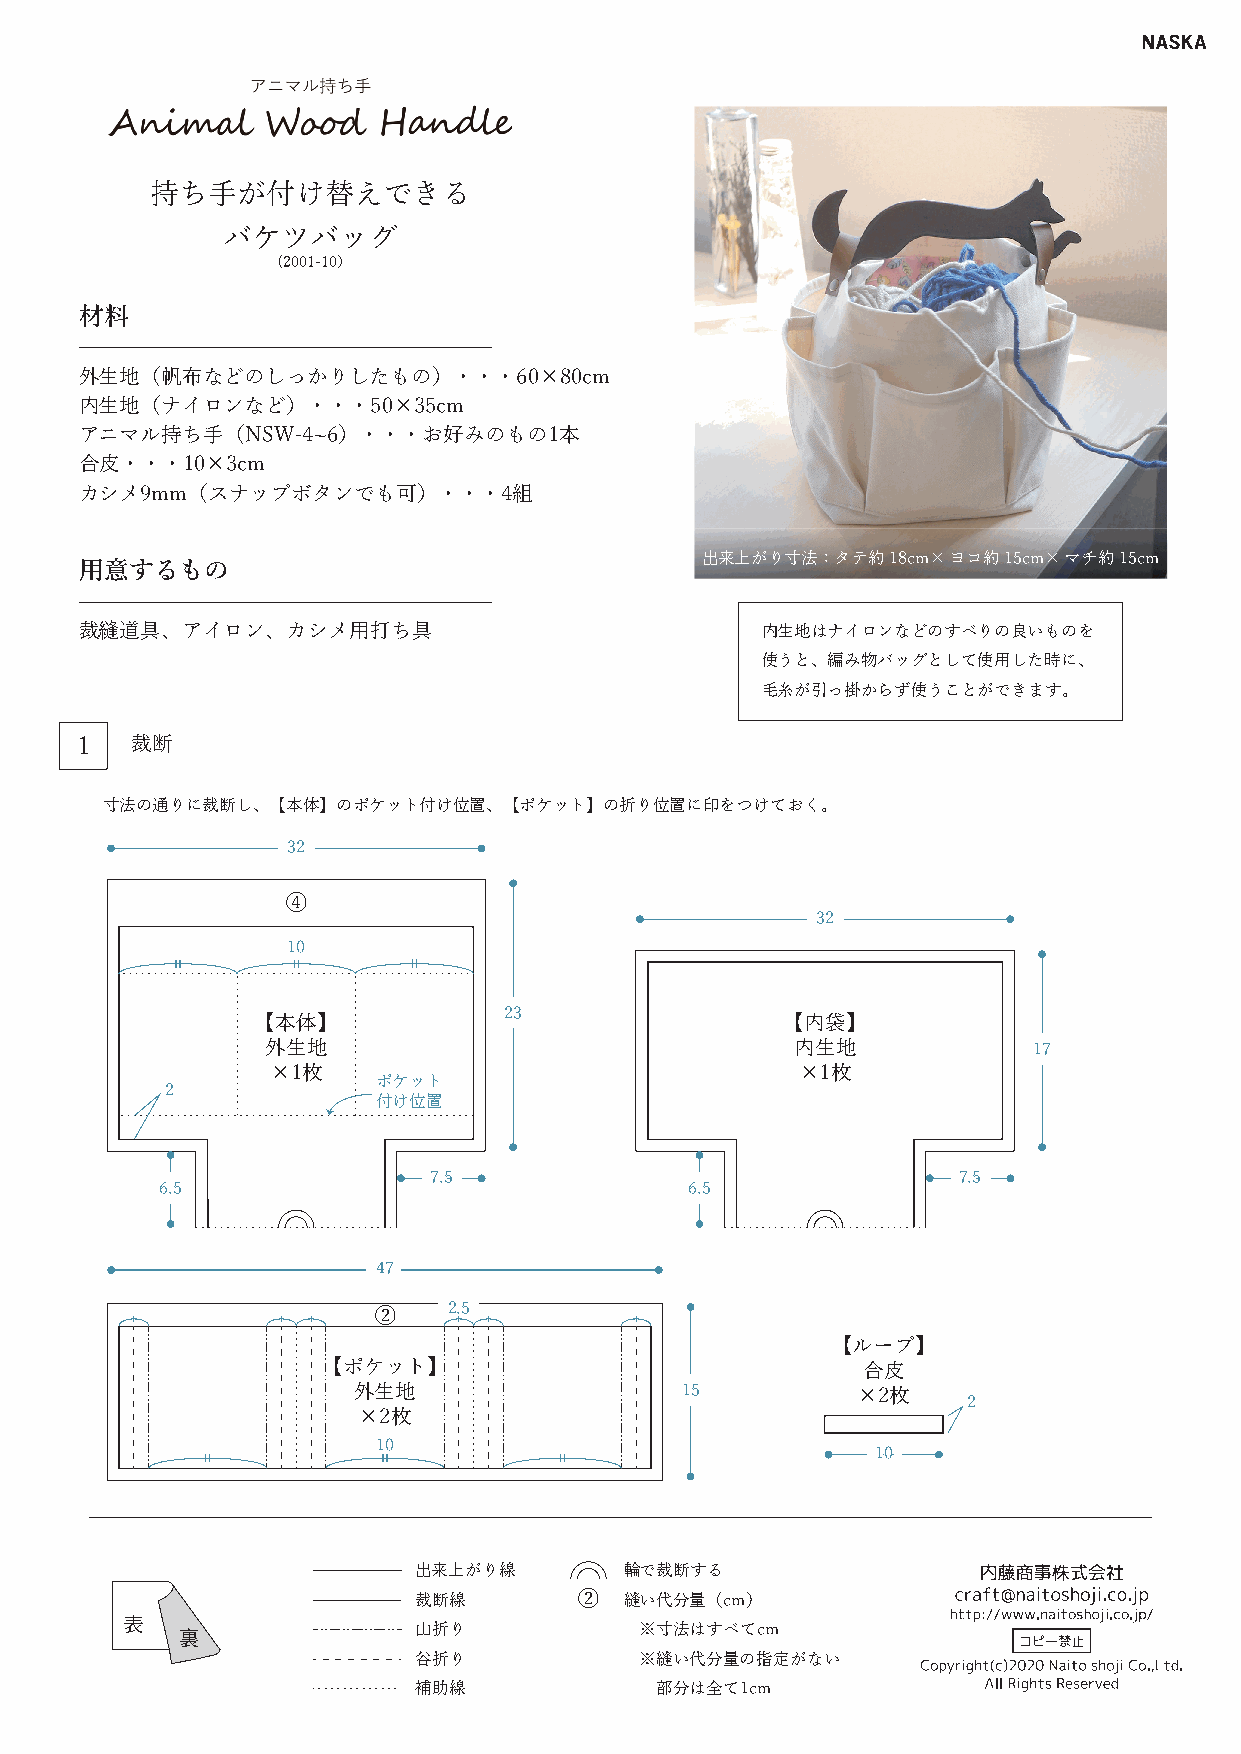
持ち手が付け替えできる
 バケツバッグ
 （2001-10）
 材料
 外生地（帆布などのしっかりしたもの）・・・60×80cm
 内生地（ナイロンなど）・・・50×35cm
 アニマル持ち手（NSW-4~6）・・・お好みのもの1本
 合皮・・・10×3cm
 カシメ9mm（スナップボタンでも可）・・・4組
 出来上がり寸法：タテ約18cm×ヨコ約15cm×マチ約15cm
 用意するもの
 裁縫道具、アイロン、カシメ用打ち具                            内生地はナイロンなどのすべりの良いものを
 使うと、編み物バッグとして使用した時に、
 毛糸が引っ掛からず使うことができます。
 1   裁断
 寸法の通りに裁断し、【本体】のポケット付け位置、【ポケット】の折り位置に印をつけておく。
 32
 ④
 32
 10
 23
 【本体】                               【内袋】
 外生地                                内生地            17
 ×1枚                                ×1枚
 ポケット
 22
 付け位置
 7.5                                7.5
 6.5                                6.5
 47
 2.5
 ②
 【ループ】
 【ポケット】                              合皮
 外生地                   15          ×2枚
 2
 ×2枚
 10
 10
 出来上がり線        輪で裁断する
 裁断線        ②  縫い代分量（cm）
 表
 山折り            ※寸法はすべてcm
 裏
 谷折り            ※縫い代分量の指定がない
 補助線             部分は全て1cm